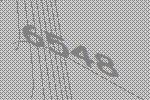
6548